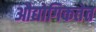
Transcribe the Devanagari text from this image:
औद्योगिकतेत